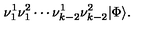
\nu _ { 1 } ^ { 1 } \nu _ { 1 } ^ { 2 } \cdots \nu _ { k - 2 } ^ { 1 } \nu _ { k - 2 } ^ { 2 } \vert \Phi \rangle .